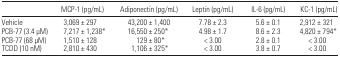
<table><thead><tr><td></td><td><b>MCP-1 (pg/mL)</b></td><td><b>Adiponectin (pg/mL)</b></td><td><b>Leptin (pg/mL)</b></td><td><b>IL-6 (pg/mL)</b></td><td><b>KC-1 (pg/mL)</b></td></tr></thead><tbody><tr><td>Vehicle</td><td>3,069 ± 297</td><td>43,200 ± 1,400</td><td>7.78 ± 2.3</td><td>5.6 ± 0.1</td><td>2,912 ± 321</td></tr><tr><td>PCB-77 (3.4 μM)</td><td>7,217 ± 1,238*</td><td>16,550 ± 250*</td><td>4.98 ± 1.7</td><td>8.6 ± 2.3</td><td>4,820 ± 794*</td></tr><tr><td>PCB-77 (68 μM)</td><td>1,510 ± 128</td><td>129 ± 80*</td><td>&lt; 3.00</td><td>2.8 ± 0.1</td><td>&lt; 3.00</td></tr><tr><td>TCDD (10 nM)</td><td>2,810 ± 430</td><td>1,106 ± 325*</td><td>&lt; 3.00</td><td>3.8 ± 0.7</td><td>&lt; 3.00</td></tr></tbody></table>